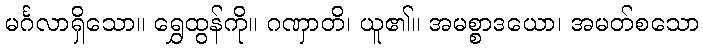
မင်္ဂလာရှိသော။ ရွှေထွန်ကို။ ဂဏှာတိ၊ ယူ၏။ အမစ္စာဒယော၊ အမတ်စသော